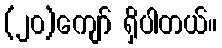
(၂၀)ကျော် ရှိပါတယ်။